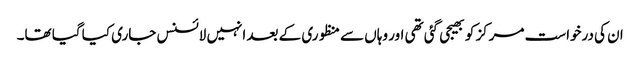
ان کی درخواست مرکز کو بھیجی گئی تھی اور وہاں سے منظوری کے بعد انہیں لائسنس جاری کیا گیا تھا۔